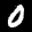
Label: 0